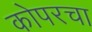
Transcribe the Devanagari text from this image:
कोपरचा